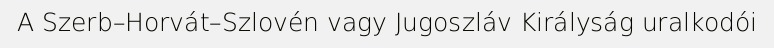
A Szerb–Horvát–Szlovén vagy Jugoszláv Királyság uralkodói